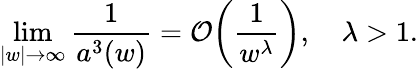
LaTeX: \operatorname*{lim}_{|w|\rightarrow\infty}\frac{1}{a^{3}(w)}={\cal O}\biggl(\frac{1}{w^{\lambda}}\biggr),\, \, \, \, \, \, \lambda>1.